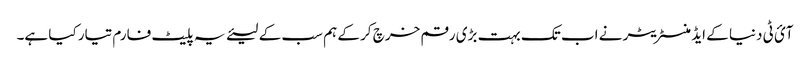
آئ ٹی دنیا کے ایڈمنسٹریٹر نے اب تک بہت بڑی رقم خرچ کر کے ہم سب کے لیئے یہ پلیٹ فارم تیار کیا ہے۔